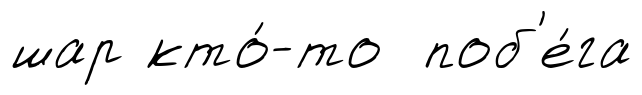
шар кто́-то поб'е́га